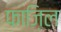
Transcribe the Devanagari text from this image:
फाज़िल